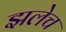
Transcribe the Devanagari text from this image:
झलेच